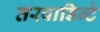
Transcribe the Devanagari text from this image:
तरवाडिन्टे